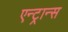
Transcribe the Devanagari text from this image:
एन्ट्रान्स